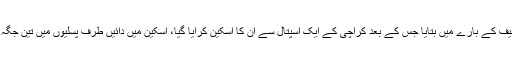
میچ سے قبل حسن علی نے پسلیوں میں تکلیف کے بارے میں بتایا جس کے بعد کراچی کے ایک اسپتال سے ان کا اسکین کرایا گیا، اسکین میں دائیں طرف پسلیوں میں تین جگہ سے ہئیر لائن فریکچر کا انکشاف ہوا ہے۔